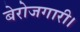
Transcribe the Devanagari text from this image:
बेरोजगारी।